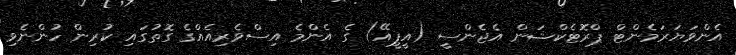
އެންވަޔަރަމެންޓް ޕްރޮޓެކްޝަން އެޖެންސީ (އީޕީއޭ) ގެ އެންމެ އިސްވެރިއެއްގެ ގޮތުގައި ކުރިން ހުންނެވި